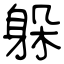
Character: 躲